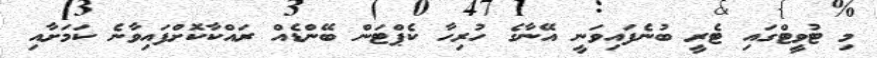
މި ޓުވީޓްގައި ޓެރީ ބުނެފައިވަނީ އޭނާގެ ހުރިހާ ކެޕްޓަން ބޭންޑެއް ރައްކާކޮށްފައިވާނެ ކަމަށާއި